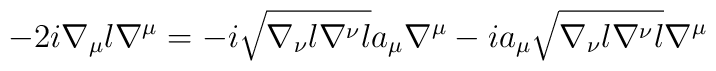
-2i\nabla_{\mu}l\nabla^{\mu} = -i\sqrt{\nabla_{\nu}l\nabla^{\nu}l} a_{\mu}\nabla^{\mu} -ia_{\mu}\sqrt{\nabla_{\nu}l\nabla^{\nu}l}\nabla^{\mu}